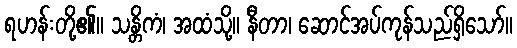
ရဟန်းတို့၏။ သန္တိကံ၊ အထံသို့။ နီတာ၊ ဆောင်အပ်ကုန်သည်ရှိသော်။